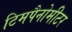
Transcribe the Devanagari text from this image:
टिमपैनोमीटर